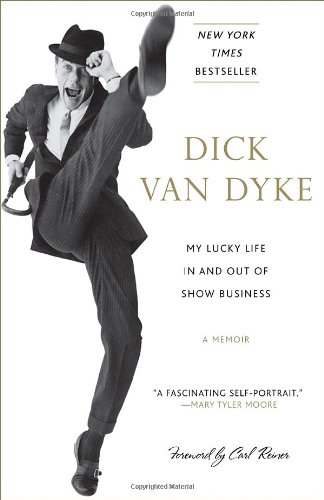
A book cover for My Lucky Life In and Out of Show Business: A Memoir; Dick Van Dyke; Humor & Entertainment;